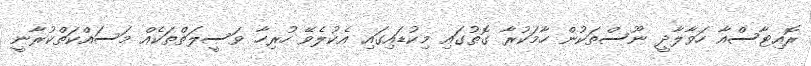
ރޮއިޓާސްއާ ހަވާލާދީ ނޫސްތަކުން ހާމަކުރާ ގޮތުގައި މިކުޑައިގައި އެކުލެވޭ ހުރިހާ ވަސީލަތްތަކެއް މަސައްކަތްކުރާނީ